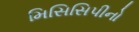
મિસિસિપીનો